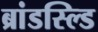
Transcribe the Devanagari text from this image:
ब्रांडस्ल्डि